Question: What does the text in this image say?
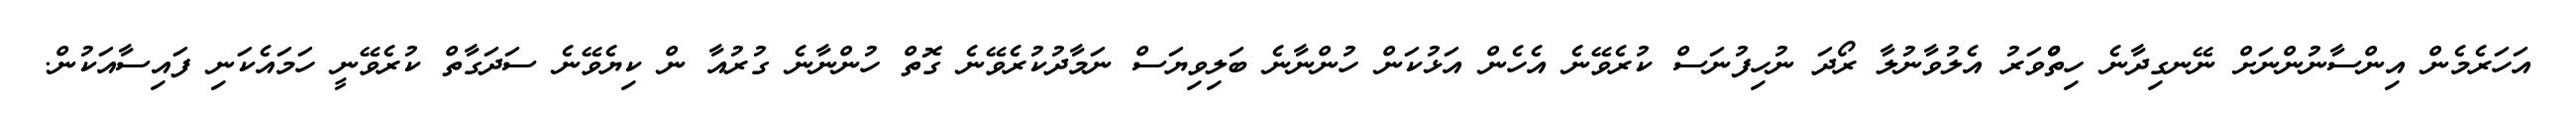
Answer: އަހަރެމެން އިންސާނުންނަށް ނޭނގިދާނެ ހިތްްްވަރު އެލުވާނުލާ ރޯދަ ނުހިފުނަސް ކުރެވޭނެ އެހެން އަޅުކަން ހުންނާނެ ބަލިވިޔަސް ނަމާދުކުރެވޭނެ ގޮތް ހުންނާނެ ގުރުއާ ން ކިޔެވޭނެ ސަދަގާތް ކުރެވޭނީ ހަމައެކަނި ފައިސާއަކުން.